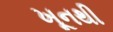
ખૂનથી